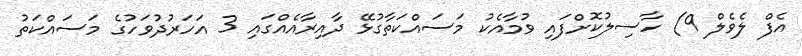
އެފް ލެވެލް 9) ހާސިލުކޮށްފައި ވުމާއެކު މަސައްކަތާގުޅޭ ދާއިރާއެއްގައި 3 އަހަރުދުވަހުގެ މަސައްކަތު